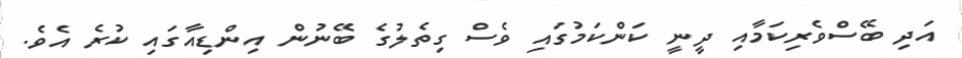
އަދި ބޭސްވެރިކަމާއި ދީނީ ކަންކަމުގައި ވެސް ގިތެލުގެ ބޭނުން އިންޑިއާގައި ކުރެ އެވެ.